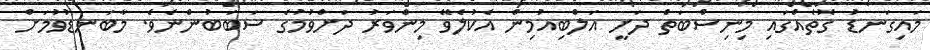
މައިގަނޑު ގޮތެއްގައި މިނިސްބަތް ދަށީ އަލްބިއުމިން އެކުލެވޭ މިންވަރު ދަށްވުމުގެ ސަބަބުންނެވެ. މާބަނޑުވުމަށް